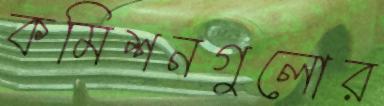
কমিশনগুলোর